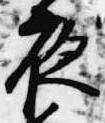
夜